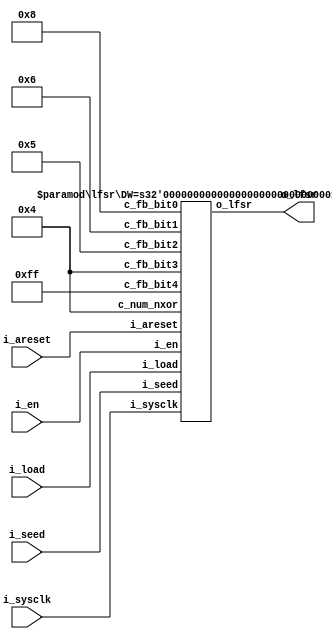
module lfsr_wrapper
#(
	parameter	DW	= 8
)
(
	input	i_areset,
	input	i_sysclk,
	input	i_load,
	input	i_en,
	input	[DW-1:0]i_seed,
	output	[DW-1:0]o_lfsr
);

wire	[7:0]c_num_nxor;
wire	[7:0]c_fb_bit0;
wire	[7:0]c_fb_bit1;
wire	[7:0]c_fb_bit2;
wire	[7:0]c_fb_bit3;
wire	[7:0]c_fb_bit4;

generate
	case (DW)
		8'd3:	begin	assign	c_num_nxor	= 8'd2;	assign	c_fb_bit0	= 8'd3;		assign	c_fb_bit1	= 8'd2;		assign	c_fb_bit2	= 8'd255;	assign	c_fb_bit3	= 8'd255;	assign	c_fb_bit4	= 8'd255;	end
		8'd4:	begin	assign	c_num_nxor	= 8'd2;	assign	c_fb_bit0	= 8'd4;		assign	c_fb_bit1	= 8'd3;		assign	c_fb_bit2	= 8'd255;	assign	c_fb_bit3	= 8'd255;	assign	c_fb_bit4	= 8'd255;	end
		8'd5:	begin	assign	c_num_nxor	= 8'd2;	assign	c_fb_bit0	= 8'd5;		assign	c_fb_bit1	= 8'd3;		assign	c_fb_bit2	= 8'd255;	assign	c_fb_bit3	= 8'd255;	assign	c_fb_bit4	= 8'd255;	end
		8'd6:	begin	assign	c_num_nxor	= 8'd2;	assign	c_fb_bit0	= 8'd6;		assign	c_fb_bit1	= 8'd5;		assign	c_fb_bit2	= 8'd255;	assign	c_fb_bit3	= 8'd255;	assign	c_fb_bit4	= 8'd255;	end
		8'd7:	begin	assign	c_num_nxor	= 8'd2;	assign	c_fb_bit0	= 8'd7;		assign	c_fb_bit1	= 8'd6;		assign	c_fb_bit2	= 8'd255;	assign	c_fb_bit3	= 8'd255;	assign	c_fb_bit4	= 8'd255;	end
		8'd8:	begin	assign	c_num_nxor	= 8'd4;	assign	c_fb_bit0	= 8'd8;		assign	c_fb_bit1	= 8'd6;		assign	c_fb_bit2	= 8'd5;		assign	c_fb_bit3	= 8'd4;		assign	c_fb_bit4	= 8'd255;	end
		8'd9:	begin	assign	c_num_nxor	= 8'd2;	assign	c_fb_bit0	= 8'd9;		assign	c_fb_bit1	= 8'd5;		assign	c_fb_bit2	= 8'd255;	assign	c_fb_bit3	= 8'd255;	assign	c_fb_bit4	= 8'd255;	end
		8'd10:	begin	assign	c_num_nxor	= 8'd2;	assign	c_fb_bit0	= 8'd10;	assign	c_fb_bit1	= 8'd7;		assign	c_fb_bit2	= 8'd255;	assign	c_fb_bit3	= 8'd255;	assign	c_fb_bit4	= 8'd255;	end
		8'd11:	begin	assign	c_num_nxor	= 8'd2;	assign	c_fb_bit0	= 8'd11;	assign	c_fb_bit1	= 8'd9;		assign	c_fb_bit2	= 8'd255;	assign	c_fb_bit3	= 8'd255;	assign	c_fb_bit4	= 8'd255;	end
		8'd12:	begin	assign	c_num_nxor	= 8'd4;	assign	c_fb_bit0	= 8'd12;	assign	c_fb_bit1	= 8'd6;		assign	c_fb_bit2	= 8'd4;		assign	c_fb_bit3	= 8'd1;		assign	c_fb_bit4	= 8'd255;	end
		8'd13:	begin	assign	c_num_nxor	= 8'd4;	assign	c_fb_bit0	= 8'd13;	assign	c_fb_bit1	= 8'd4;		assign	c_fb_bit2	= 8'd3;		assign	c_fb_bit3	= 8'd1;		assign	c_fb_bit4	= 8'd255;	end
		8'd14:	begin	assign	c_num_nxor	= 8'd4;	assign	c_fb_bit0	= 8'd14;	assign	c_fb_bit1	= 8'd5;		assign	c_fb_bit2	= 8'd3;		assign	c_fb_bit3	= 8'd1;		assign	c_fb_bit4	= 8'd255;	end
		8'd15:	begin	assign	c_num_nxor	= 8'd2;	assign	c_fb_bit0	= 8'd15;	assign	c_fb_bit1	= 8'd14;	assign	c_fb_bit2	= 8'd255;	assign	c_fb_bit3	= 8'd255;	assign	c_fb_bit4	= 8'd255;	end
		8'd16:	begin	assign	c_num_nxor	= 8'd4;	assign	c_fb_bit0	= 8'd16;	assign	c_fb_bit1	= 8'd15;	assign	c_fb_bit2	= 8'd13;	assign	c_fb_bit3	= 8'd4;		assign	c_fb_bit4	= 8'd255;	end
		8'd17:	begin	assign	c_num_nxor	= 8'd2;	assign	c_fb_bit0	= 8'd17;	assign	c_fb_bit1	= 8'd14;	assign	c_fb_bit2	= 8'd255;	assign	c_fb_bit3	= 8'd255;	assign	c_fb_bit4	= 8'd255;	end
		8'd18:	begin	assign	c_num_nxor	= 8'd2;	assign	c_fb_bit0	= 8'd18;	assign	c_fb_bit1	= 8'd11;	assign	c_fb_bit2	= 8'd255;	assign	c_fb_bit3	= 8'd255;	assign	c_fb_bit4	= 8'd255;	end
		8'd19:	begin	assign	c_num_nxor	= 8'd4;	assign	c_fb_bit0	= 8'd19;	assign	c_fb_bit1	= 8'd6;		assign	c_fb_bit2	= 8'd2;		assign	c_fb_bit3	= 8'd1;		assign	c_fb_bit4	= 8'd255;	end
		8'd20:	begin	assign	c_num_nxor	= 8'd2;	assign	c_fb_bit0	= 8'd20;	assign	c_fb_bit1	= 8'd17;	assign	c_fb_bit2	= 8'd255;	assign	c_fb_bit3	= 8'd255;	assign	c_fb_bit4	= 8'd255;	end
		8'd21:	begin	assign	c_num_nxor	= 8'd2;	assign	c_fb_bit0	= 8'd21;	assign	c_fb_bit1	= 8'd19;	assign	c_fb_bit2	= 8'd255;	assign	c_fb_bit3	= 8'd255;	assign	c_fb_bit4	= 8'd255;	end
		8'd22:	begin	assign	c_num_nxor	= 8'd2;	assign	c_fb_bit0	= 8'd22;	assign	c_fb_bit1	= 8'd21;	assign	c_fb_bit2	= 8'd255;	assign	c_fb_bit3	= 8'd255;	assign	c_fb_bit4	= 8'd255;	end
		8'd23:	begin	assign	c_num_nxor	= 8'd2;	assign	c_fb_bit0	= 8'd23;	assign	c_fb_bit1	= 8'd18;	assign	c_fb_bit2	= 8'd255;	assign	c_fb_bit3	= 8'd255;	assign	c_fb_bit4	= 8'd255;	end
		8'd24:	begin	assign	c_num_nxor	= 8'd4;	assign	c_fb_bit0	= 8'd24;	assign	c_fb_bit1	= 8'd23;	assign	c_fb_bit2	= 8'd22;	assign	c_fb_bit3	= 8'd17;	assign	c_fb_bit4	= 8'd255;	end
		8'd25:	begin	assign	c_num_nxor	= 8'd2;	assign	c_fb_bit0	= 8'd25;	assign	c_fb_bit1	= 8'd22;	assign	c_fb_bit2	= 8'd255;	assign	c_fb_bit3	= 8'd255;	assign	c_fb_bit4	= 8'd255;	end
		8'd26:	begin	assign	c_num_nxor	= 8'd4;	assign	c_fb_bit0	= 8'd26;	assign	c_fb_bit1	= 8'd6;		assign	c_fb_bit2	= 8'd2;		assign	c_fb_bit3	= 8'd1;		assign	c_fb_bit4	= 8'd255;	end
		8'd27:	begin	assign	c_num_nxor	= 8'd4;	assign	c_fb_bit0	= 8'd27;	assign	c_fb_bit1	= 8'd5;		assign	c_fb_bit2	= 8'd2;		assign	c_fb_bit3	= 8'd1;		assign	c_fb_bit4	= 8'd255;	end
		8'd28:	begin	assign	c_num_nxor	= 8'd2;	assign	c_fb_bit0	= 8'd28;	assign	c_fb_bit1	= 8'd25;	assign	c_fb_bit2	= 8'd255;	assign	c_fb_bit3	= 8'd255;	assign	c_fb_bit4	= 8'd255;	end
		8'd29:	begin	assign	c_num_nxor	= 8'd2;	assign	c_fb_bit0	= 8'd29;	assign	c_fb_bit1	= 8'd27;	assign	c_fb_bit2	= 8'd255;	assign	c_fb_bit3	= 8'd255;	assign	c_fb_bit4	= 8'd255;	end
		8'd30:	begin	assign	c_num_nxor	= 8'd4;	assign	c_fb_bit0	= 8'd30;	assign	c_fb_bit1	= 8'd6;		assign	c_fb_bit2	= 8'd4;		assign	c_fb_bit3	= 8'd1;		assign	c_fb_bit4	= 8'd255;	end
		8'd31:	begin	assign	c_num_nxor	= 8'd2;	assign	c_fb_bit0	= 8'd31;	assign	c_fb_bit1	= 8'd28;	assign	c_fb_bit2	= 8'd255;	assign	c_fb_bit3	= 8'd255;	assign	c_fb_bit4	= 8'd255;	end
		8'd32:	begin	assign	c_num_nxor	= 8'd4;	assign	c_fb_bit0	= 8'd32;	assign	c_fb_bit1	= 8'd22;	assign	c_fb_bit2	= 8'd2;		assign	c_fb_bit3	= 8'd1;		assign	c_fb_bit4	= 8'd255;	end
		8'd33:	begin	assign	c_num_nxor	= 8'd2;	assign	c_fb_bit0	= 8'd33;	assign	c_fb_bit1	= 8'd20;	assign	c_fb_bit2	= 8'd255;	assign	c_fb_bit3	= 8'd255;	assign	c_fb_bit4	= 8'd255;	end
		8'd34:	begin	assign	c_num_nxor	= 8'd4;	assign	c_fb_bit0	= 8'd34;	assign	c_fb_bit1	= 8'd27;	assign	c_fb_bit2	= 8'd2;		assign	c_fb_bit3	= 8'd1;		assign	c_fb_bit4	= 8'd255;	end
		8'd35:	begin	assign	c_num_nxor	= 8'd2;	assign	c_fb_bit0	= 8'd35;	assign	c_fb_bit1	= 8'd33;	assign	c_fb_bit2	= 8'd255;	assign	c_fb_bit3	= 8'd255;	assign	c_fb_bit4	= 8'd255;	end
		8'd128:	begin	assign	c_num_nxor	= 8'd4;	assign	c_fb_bit0	= 8'd128;	assign	c_fb_bit1	= 8'd126;	assign	c_fb_bit2	= 8'd101;	assign	c_fb_bit3	= 8'd99;	assign	c_fb_bit4	= 8'd255;	end
		8'd168:	begin	assign	c_num_nxor	= 8'd4;	assign	c_fb_bit0	= 8'd168;	assign	c_fb_bit1	= 8'd166;	assign	c_fb_bit2	= 8'd153;	assign	c_fb_bit3	= 8'd151;	assign	c_fb_bit4	= 8'd255;	end
		default:begin	assign	c_num_nxor	= 8'd2;	assign	c_fb_bit0	= 8'd255;	assign	c_fb_bit1	= 8'd255;	assign	c_fb_bit2	= 8'd255;	assign	c_fb_bit3	= 8'd255;	assign	c_fb_bit4	= 8'd255;	end
	endcase
endgenerate

lfsr
#(
	.DW(DW)
)
inst_lfsr
(
	.c_num_nxor	(c_num_nxor),
	.c_fb_bit0	(c_fb_bit0),
	.c_fb_bit1	(c_fb_bit1),
	.c_fb_bit2	(c_fb_bit2),
	.c_fb_bit3	(c_fb_bit3),
	.c_fb_bit4	(c_fb_bit4),
	
	.i_areset	(i_areset),
	.i_sysclk	(i_sysclk),
	.i_load		(i_load),
	.i_en		(i_en),
	.i_seed		(i_seed),
	.o_lfsr		(o_lfsr)
);

endmodule

module lfsr
#(
	parameter	DW	= 8
)
(
	input	[7:0]c_num_nxor,
	input	[7:0]c_fb_bit0,
	input	[7:0]c_fb_bit1,
	input	[7:0]c_fb_bit2,
	input	[7:0]c_fb_bit3,
	input	[7:0]c_fb_bit4,
	
	input	i_areset,
	input	i_sysclk,
	input	i_load,
	input	i_en,
	input	[DW-1:0]i_seed,
	output	[DW-1:0]o_lfsr
);

reg		[DW-1:0]r_lfsr_1P;
reg		w_fb_0P;

always@(posedge i_areset or posedge i_sysclk)
begin
	if (i_areset)
	begin
		r_lfsr_1P	<= {DW+1{1'b0}};
	end
	else if (i_load)
	begin
		r_lfsr_1P	<= i_seed;
	end
	else if (i_en)
	begin
		r_lfsr_1P	<= {r_lfsr_1P[DW-2:0], w_fb_0P};
	end
end

assign	o_lfsr	= r_lfsr_1P;

always@(*)
	if (c_num_nxor == 8'd5)
		w_fb_0P	= r_lfsr_1P[c_fb_bit4-1'b1] ^~ r_lfsr_1P[c_fb_bit3-1'b1] ^~ r_lfsr_1P[c_fb_bit2-1'b1] ^~ r_lfsr_1P[c_fb_bit1-1'b1] ^~ r_lfsr_1P[c_fb_bit0-1'b1];
	else if (c_num_nxor == 8'd4)
		w_fb_0P	= r_lfsr_1P[c_fb_bit3-1'b1] ^~ r_lfsr_1P[c_fb_bit2-1'b1] ^~ r_lfsr_1P[c_fb_bit1-1'b1] ^~ r_lfsr_1P[c_fb_bit0-1'b1];
	else
		w_fb_0P	= r_lfsr_1P[c_fb_bit1-1'b1] ^~ r_lfsr_1P[c_fb_bit0-1'b1];

endmodule